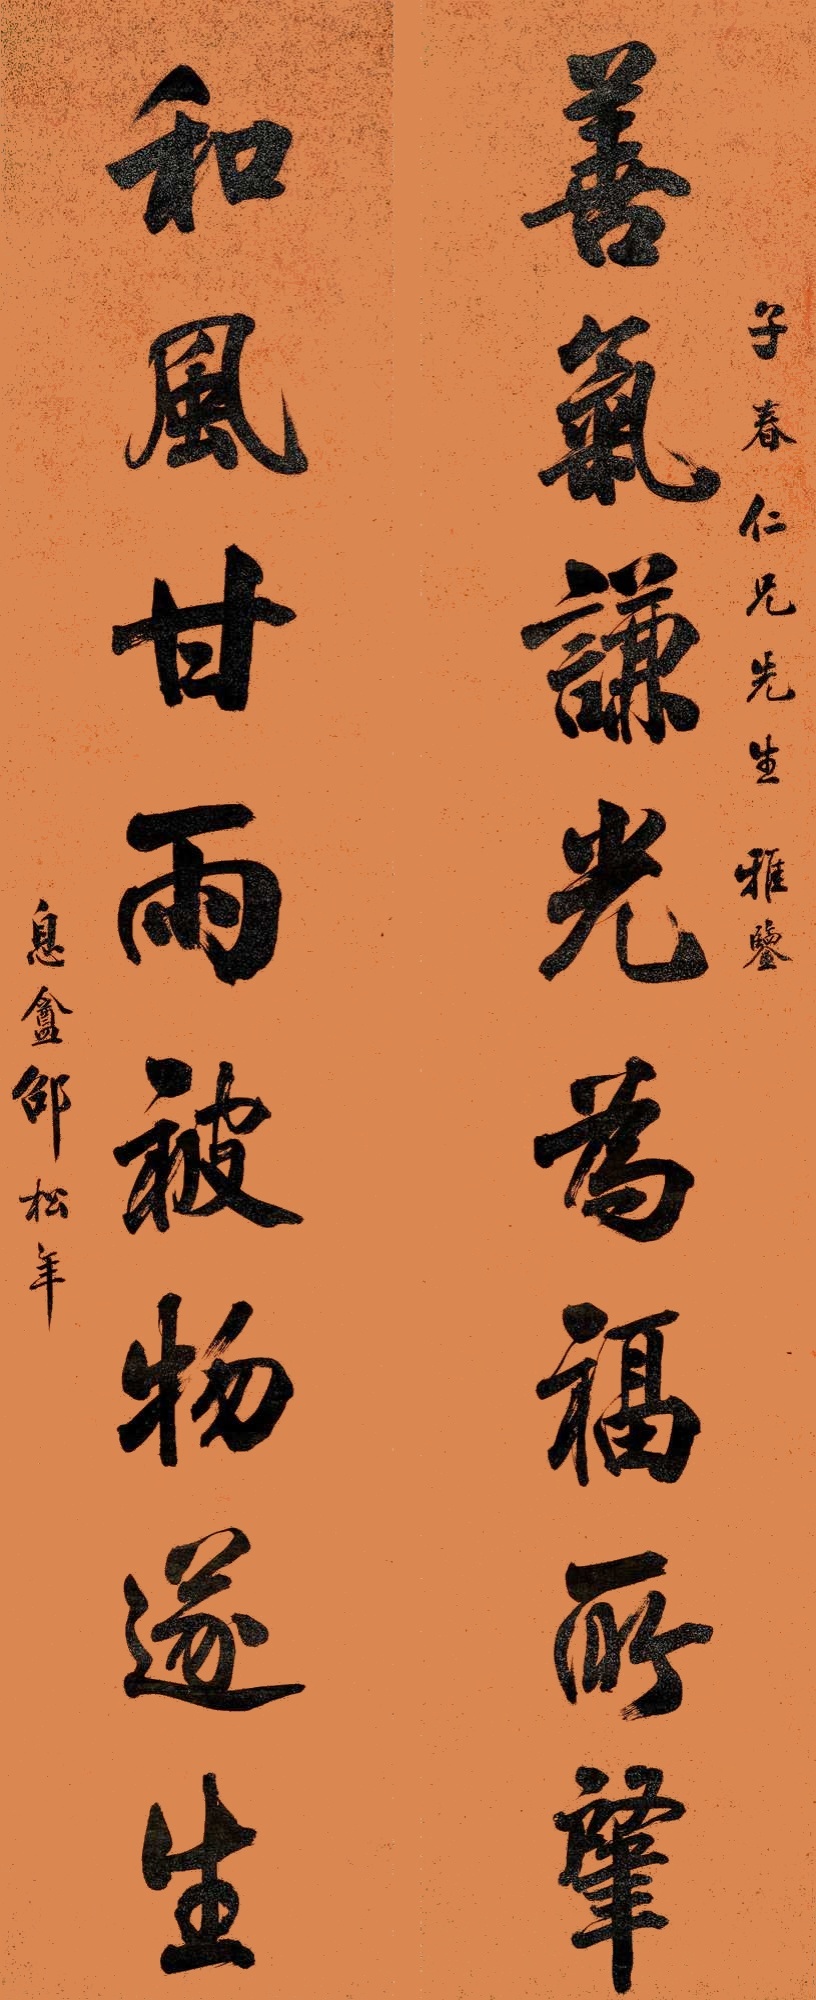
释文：善气谦光为福所肇，和风甘雨被物遂生。子春仁兄先生雅鉴，息盦邵松年。